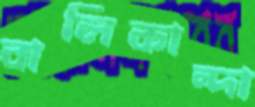
বালিকান্দা